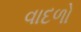
વાદળો